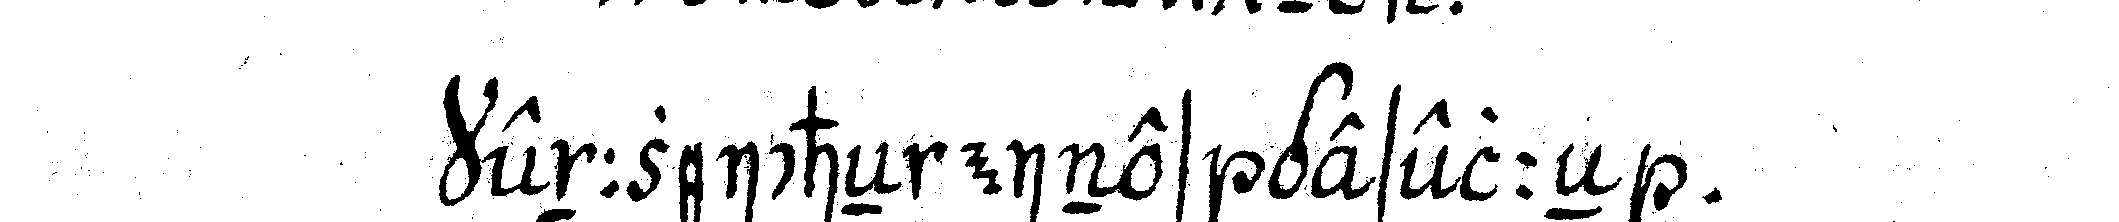
kennzeicheN eines geselleN .